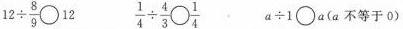
$$1 2 \div \frac { 8 } { 9 } \circ 1 2$$ $$\frac { 1 } { 4 } \div \frac { 4 } { 3 } \circ \frac { 1 } { 4 }$$ $$a \div 1 \circ a$$(a不等于0)